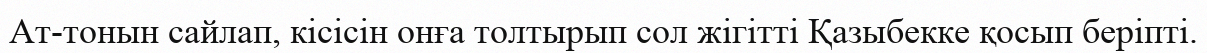
Ат-тонын сайлап, кісісін онға толтырып сол жігітті Қазыбекке қосып беріпті.